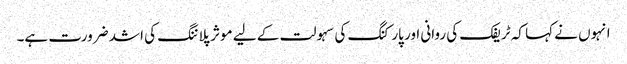
انہوں نے کہا کہ ٹریفک کی روانی اور پارکنگ کی سہولت کے لیے موثر پلاننگ کی اشد ضرورت ہے۔